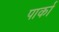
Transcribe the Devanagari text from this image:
पार्का